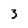
Character: 3